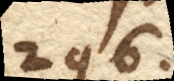
296.